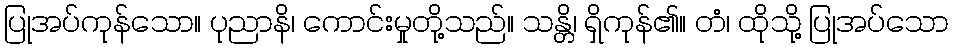
ပြုအပ်ကုန်သော။ ပုညာနိ၊ ကောင်းမှုတို့သည်။ သန္တိ၊ ရှိကုန်၏။ တံ၊ ထိုသို့ ပြုအပ်သော